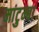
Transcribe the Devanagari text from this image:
मांटुम्बा